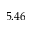
5 . 4 6